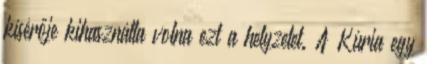
kísérője kihasználta volna ezt a helyzetet. A Kúria egy